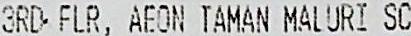
3RD FLR, AEON TAMAN MALURI SC